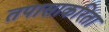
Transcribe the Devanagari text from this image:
तपासाकरिता